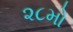
૨૮મો